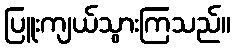
ပြူးကျယ်သွားကြသည်။